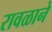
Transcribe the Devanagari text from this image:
रावळाने